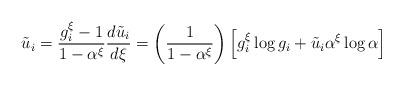
LaTeX: \begin{align*}\tilde{u}_i = \frac{g_i^\xi -1}{1- \alpha^\xi}\frac{d\tilde{u}_i}{d\xi} = \left( \frac{1}{1-\alpha^\xi}\right)\left[ g_i^\xi \log g_i + \tilde{u}_i \alpha^{\xi} \log \alpha \right]\end{align*}